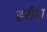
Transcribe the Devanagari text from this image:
हरौदा